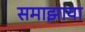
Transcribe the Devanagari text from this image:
समाझाया